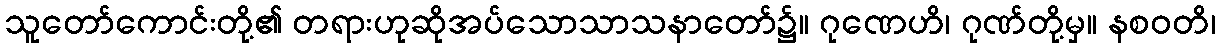
သူတော်ကောင်းတို့၏ တရားဟုဆိုအပ်သောသာသနာတော်၌။ ဂုဏေဟိ၊ ဂုဏ်တို့မှ။ နစဝတိ၊